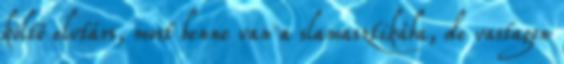
költő elvtárs, most benne van a slamasztikába, de vastagon